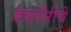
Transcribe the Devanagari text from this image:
देवगीरीचे